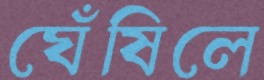
ঘেঁষিলে